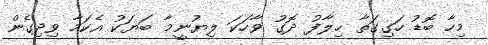
މިހާ ބޮޑު ހަގިގަތާ ޚިލާފު ދޮގު ވާހަކަ ލިޔުނީމާ ބަޔަކު އެކަމާ ވިދިގެން